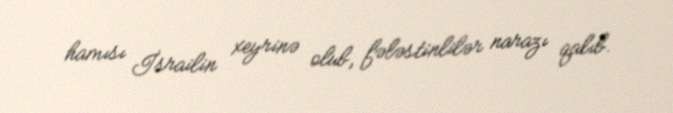
hamısı İsrailin xeyrinə olub, fələstinlilər narazı qalıb.